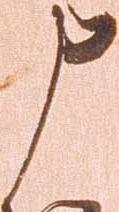
申